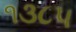
૧૩૮૫